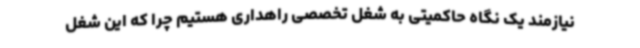
نیازمند یک نگاه حاکمیتی به شغل تخصصی راهداری هستیم چرا که این شغل